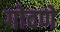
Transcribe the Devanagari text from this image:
गोवणे